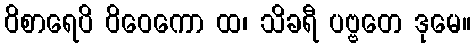
ဝိစာရေပိ ဝိဝေကော ထ၊ သိခရီ ပဗ္ဗတေ ဒုမေ။